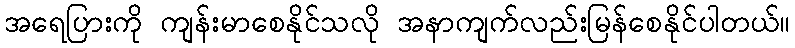
အရေပြားကို ကျန်းမာစေနိုင်သလို အနာကျက်လည်းမြန်စေနိုင်ပါတယ်။